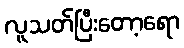
လူသတ်ပြီးတော့ရော